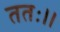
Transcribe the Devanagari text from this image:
ततः।।